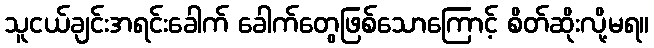
သူငယ်ချင်းအရင်းခေါက် ခေါက်တွေဖြစ်သောကြောင့် စိတ်ဆိုးလို့မရ။